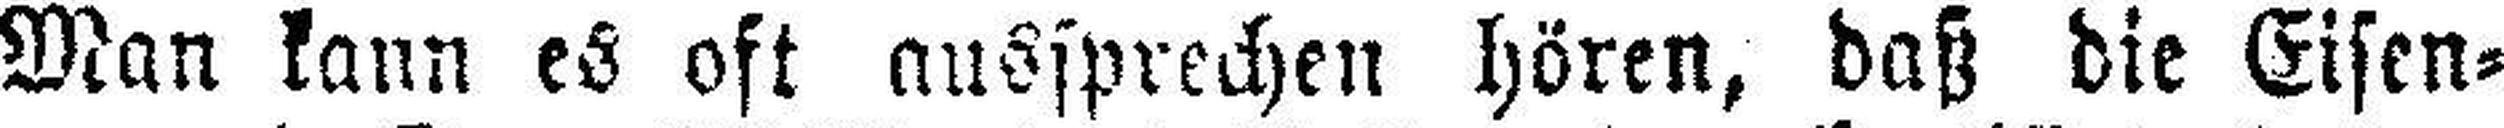
Man kann es oft aussprechen hören, daß die Eisen¬